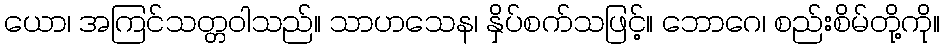
ယော၊ အကြင်သတ္တဝါသည်။ သာဟသေန၊ နှိပ်စက်သဖြင့်။ ဘောဂေ၊ စည်းစိမ်တို့ကို။